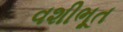
વશીભૂત